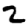
Digit: 2